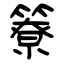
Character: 簝